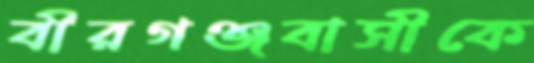
বীরগঞ্জবাসীকে